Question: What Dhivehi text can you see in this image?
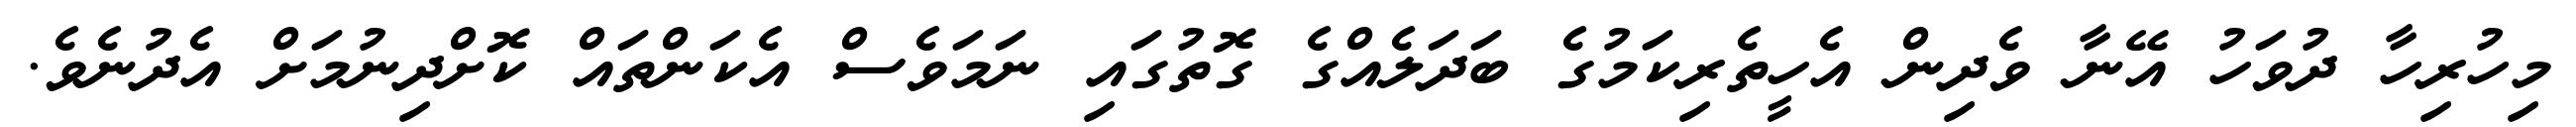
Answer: މިހުރިހާ ދުވަހު އޭނާ ވެދިން އެހީތެރިކަމުގެ ބަދަލެއްގެ ގޮތުގައި ނަމަވެސް އެކަންތައް ކޮށްދިނުމަށް އެދުނެވެ.